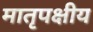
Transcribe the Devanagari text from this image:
मातृपक्षीय